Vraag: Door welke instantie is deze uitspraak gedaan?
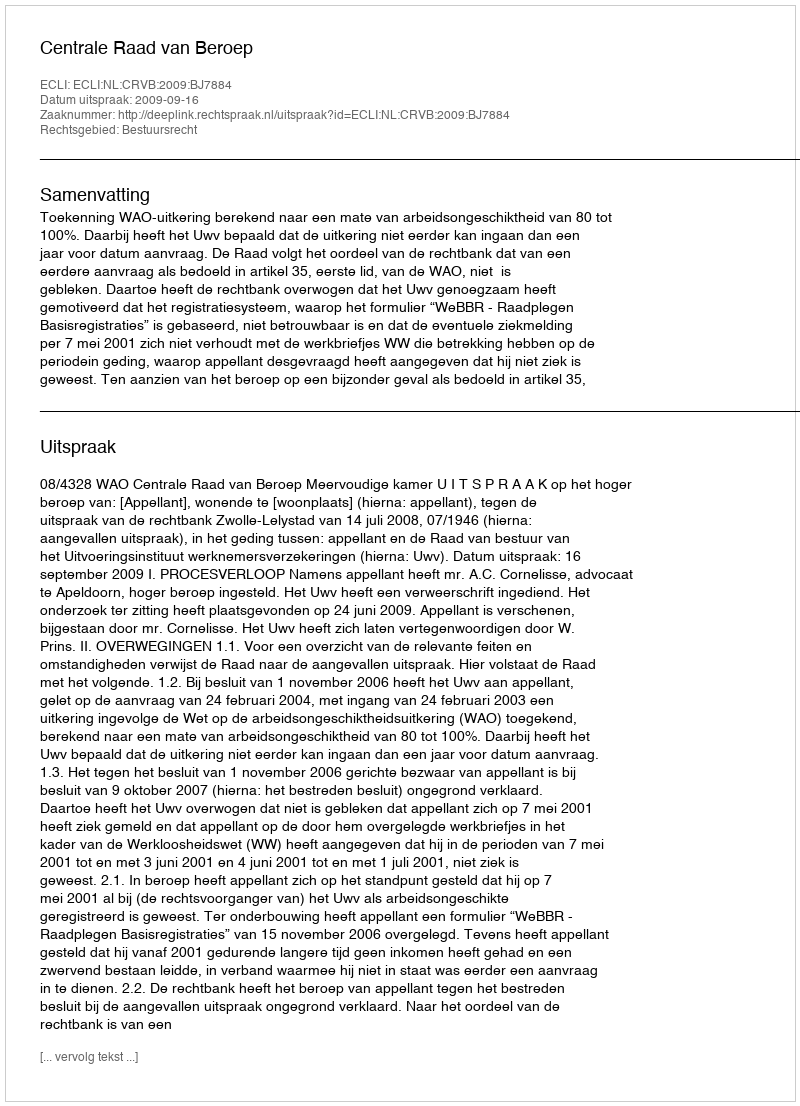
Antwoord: Centrale Raad van Beroep